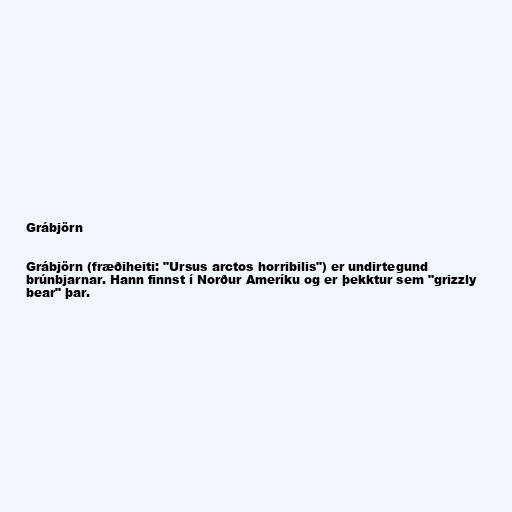
Grábjörn

Grábjörn (fræðiheiti: "Ursus arctos horribilis") er undirtegund
brúnbjarnar. Hann finnst í Norður Ameríku og er þekktur sem "grizzly
bear" þar.